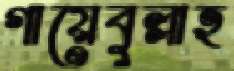
গায়েবুল্লাহ